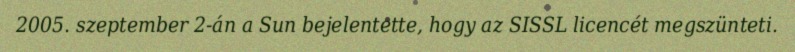
2005. szeptember 2-án a Sun bejelentette, hogy az SISSL licencét megszünteti.